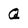
Character: Q